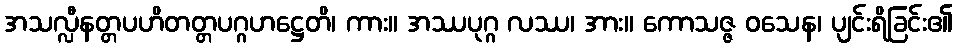
အသလ္လီနတ္တပဟိတတ္တပဂ္ဂဟဋ္ဌေတိ၊ ကား။ အဿပုဂ္ဂ လဿ၊ အား။ ကောသဇ္ဇ ဝသေန၊ ပျင်းရိခြင်း၏